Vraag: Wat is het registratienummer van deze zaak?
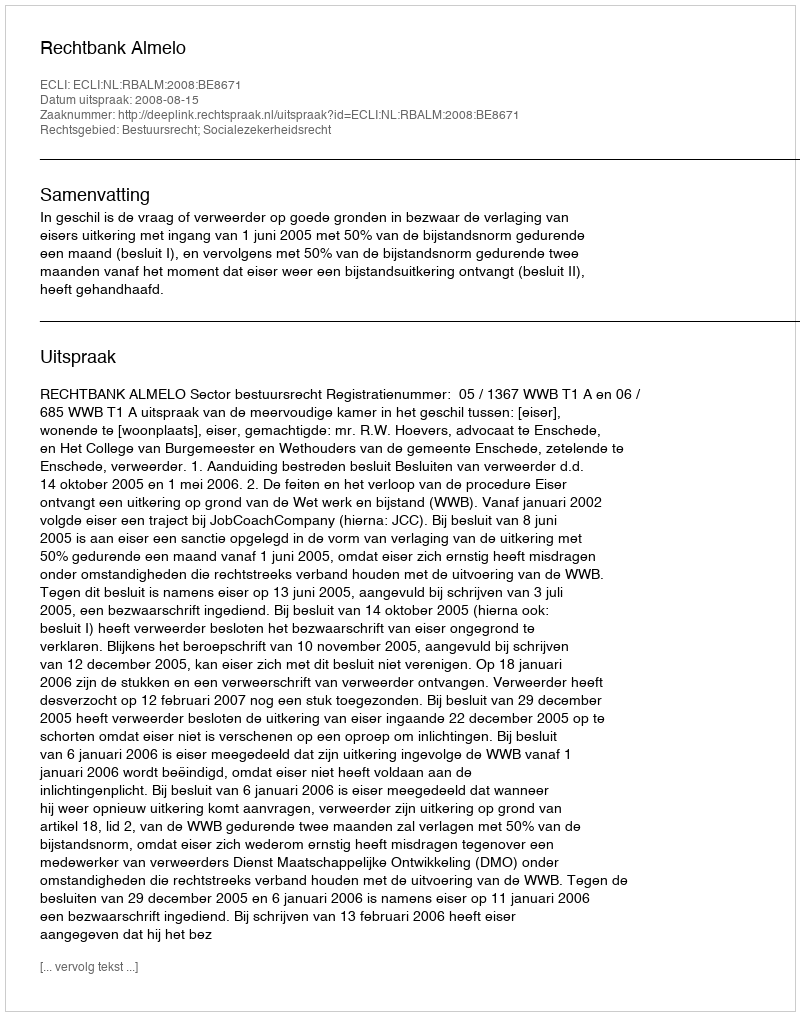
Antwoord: http://deeplink.rechtspraak.nl/uitspraak?id=ECLI:NL:RBALM:2008:BE8671